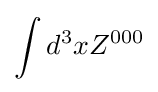
\int d^{3}xZ^{000}